Medical and sanitary report of the native army of Bengal for the year
Year: 1874
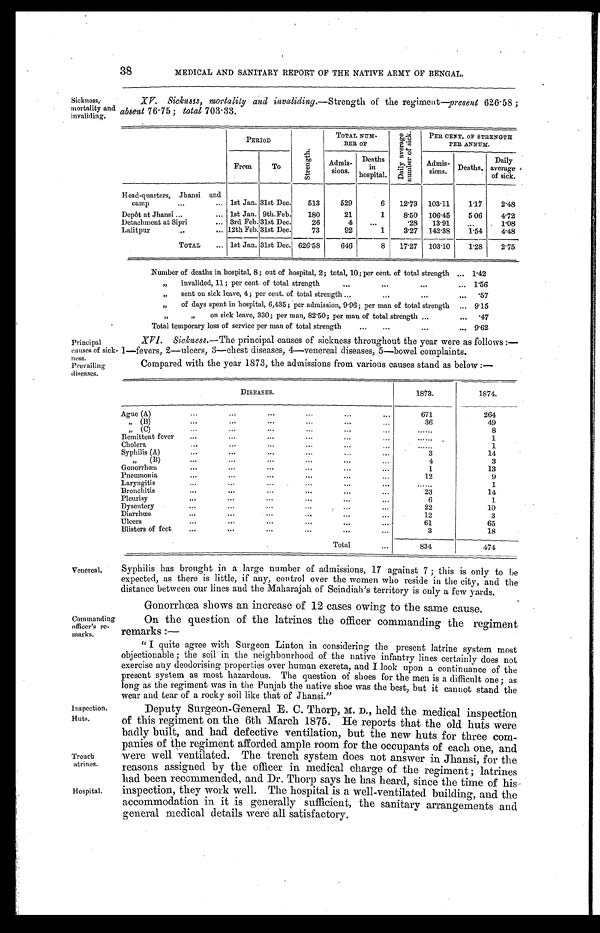
38
MEDICAL AND SANITARY REPORT OF THE NATIVE ARMY OF BENGAL.
Sickness,
mortality and invaliding.
Sickness, mortality and invaliding.— Strength of the regiment—present 626.58;
absent 76.75; total 703.33.
PERIOD
S t r e n g t h .
TOTAL NUM-
BER OF
D a i l y a v e r a g e n u m b e r o f s i c k .
PER CENT. OF STRENGTH
PER ANNUM.
From
T o
Admis-
sons.
Deaths
in
hospital.
Admis-sions. Deaths.
Daily
average
of sick.
Head-quarters, Jhansi and
camp . . . 1st Jan. 31st Dec.
513
529
6
12.73
103.11
1.17
2.48
Depôt at Jhansi . . . 1st Jan. 9th.Feb.
180
21
1
8.50
106.45
5.06
4.72
Detachment at Sipri . . . 3rd Feb. 31st Dec.
26
4
. . .
.28
13.91
. . .
1.08
L a l i t p u r . . . 12th Feb. 31st Dec.
73
92
1
3.27
142.38
1.54
4.48
TOTAL . . . 1st Jan. 31st Dec. 626.58
646
8
17.27
103.10
1.28
2.75
Number of deaths in hospital, 8; out of hospital, 2; total, 10; per cent. of total strength . . . 142
" invalided, 11; per cent. of total strength . . .
1.56
" sent on sick leave, 4; per cent. of total strength . . . .57
" of days spent in hospital, 6,435; per admission, 9.96; per man of total strength . . . 9.15
" on sick leave, 330; per man, 82.50; per man of total strength . . .
.47
Total temporary loss of service per man of total strength . . . 9.62
Principal
causes of sick
-ness.
Prevailing
diseases.
Venereal.
Commanding
officer's re-marks.
XVI. Sickness.— The principal causes of sickness throughout the year were as follows:
—1—fevers, 2—ulcers, 3—chest diseases, 4—venereal diseases, 5—bowel complaints.
Compared with the year 1873, the admissions from various causes stand as below:—
DISEASES.
1873.
1874.
A g u e ( A ) . . .
671
264
" ( B ) . . .
36
49
" ( C ) . . .
. . .
8
Remittent fever . . .
. . .
1
C h o l e r a . . .
. . .
1
S y p h i l i s ( A ) . . .
3
14
" ( B ) . . .
4
3
G o n o r r h œ a . . .
1
13
P n e u m o n i a . . .
12
9
Laryngitis . . .
. . .
1
Bronchitis . . .
23
14
Pleurisy
.
.
.
6
1
D y s e n t e r y . . .
22
10
Diarrhœa . . .
12
3
U l c e r s . . .
61
65
B l i s t e r s o f f e e t . . .
3
18
Total . . .
834
474
Syphilis has brought in a large number of admissions, 17 against 7 ; this is only to be
expected, as there is little, if any, control over the women who reside in the city, and the
distance between our lines and the Maharajah of Scindiab's territory is only a few yards.
Gonorrhœa shows an increase of 12 cases owing to the same cause.
On the question of the latrines the officer commanding the regiment
remarks:
—
" I quite agree with Surgeon Linton in considering the present latrine system most
objectionable; the soil in the neighbourhood of the native infantry lines certainly does not
exercise any deodorising properties over human excreta, and I look upon a continuance of the
present system as most hazardous. The question of shoes for the men is a difficult one; as
long as the regiment was in the Punjab the native shoe was the best, but it cannot stand the
wear and tear of a rocky soil like that of Jhansi."
Inspection.
Huts.
Trench
atrines.
Hospital.
Deputy Surgeon-General E. C. Thorp, M. D ., held the medical inspection
of this regiment on the 6th March 1875. He reports that the old huts were
badly built, and had defective ventilation, but the new huts for three com
-panies of the regiment afforded ample room for the occupants of each one, and
were well ventilated. The trench system does not answer in Jhansi, for the
reasons assigned by the officer in medical charge of the regiment; latrines
had been recommended, and Dr. Thorp says he has heard, since the time of his
inspection, they work well. The hospital is a well-ventilated building, and the
accommodation in it is generally sufficient, the sanitary arrangements and
general medical details were all satisfactory.